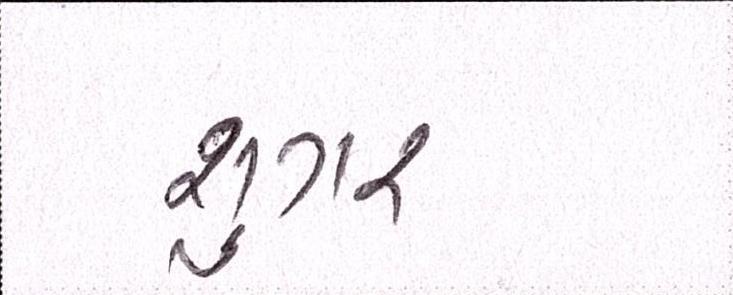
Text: શુગર